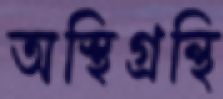
অস্থিগ্রন্থি